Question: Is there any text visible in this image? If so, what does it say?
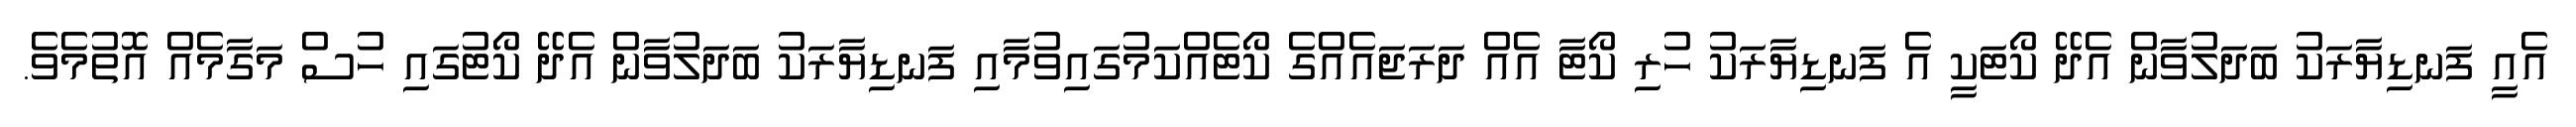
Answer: އެއީ ފަނޑިޔާރަކު ބަދަލުވާން އެދޭ ކޯޓަކީ އެ ފަނޑިޔާރަކު ހުރި ކޯޓާ އެއް ދަރަޖައެއްގެ ކޯޓެއްކަމުގައިވުމާއި ފަނޑިޔާރަކު ބަދަލުވާން އެދޭ ކޯޓުގައި ހުސް މަގާމެއް އޮތުމެވެ.